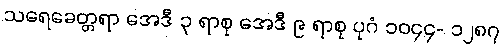
သရေခေတ္တရာ အေဒီ ၃ ရာစု အေဒီ ၉ ရာစု ပုဂံ ၁၀၄၄- ၁၂၈၇